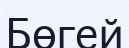
Бөгей